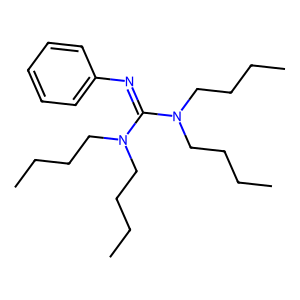
SMILES: CCCCN(CCCC)C(=Nc1ccccc1)N(CCCC)CCCC
Inhibits HIV replication: No